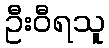
ဦးဝီရသူ